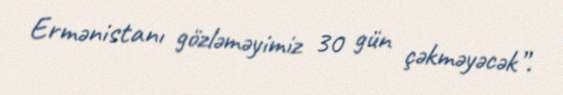
Ermənistanı gözləməyimiz 30 gün çəkməyəcək”.